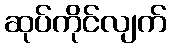
ဆုပ်ကိုင်လျက်